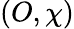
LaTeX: (O,\chi)